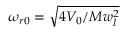
\omega _ { r 0 } = \sqrt { 4 V _ { 0 } / M w _ { l } ^ { 2 } }